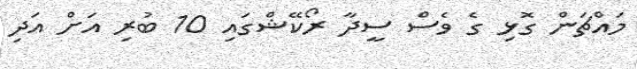
މައްޗަން ގޮޅި ގެ ވެސް ސީދާ ރޯކޭޝްގައި 10 ބުރި އަށް އަދި